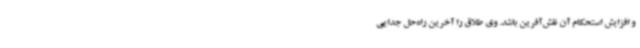
و افزایش استحکام آن نقش‌آفرین باشد. وی طلاق را آخرین راه‌حل جدایی